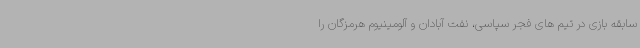
سابقه بازی در تیم های فجر سپاسی، نفت آبادان و آلومینیوم هرمزگان را